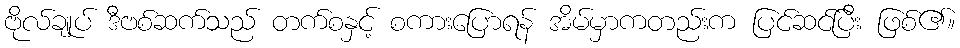
ဗိုလ်ချုပ် ဒီဗစ်ဆက်သည် တက်စနှင့် စကားပြောရန် အိမ်မှာကတည်းက ပြင်ဆင်ပြီး ဖြစ်၏။